Indian journal of veterinary science and animal husbandry - Volumes 15-17, 1948-1951
Year: 1948
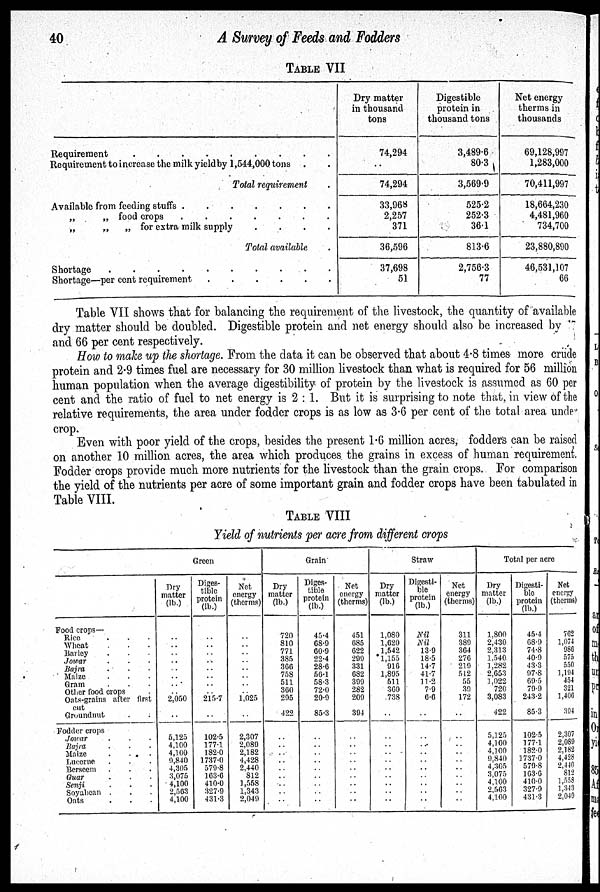
40
A Survey of Feeds and Fodders
TABLE VII
Requirement . . . . . . . . .
Requirement to increase the milk yieldby 1,544,000 tons . .
Total requirement .
Available from feeding stuffs .
.
.
.
.
.
.
„
„ food crops
.
.
.
.
.
.
.
„
„
„ for extra milk supply
.
.
.
. .
Total available .
Shortage . . . . . . . . .
Shortage—per cent requirement . . . . . . . . .
Dry matter
in thousand
tons
74,294
74,294
33,968
2,257
371
36,596
37,698
51
Digestible
protein in
thousand tons
3,489.6
80.3
3,569.9
525.2
252.3
36.1
813.6
2,756.3
77
Net energy
therms in
thousands
69,128,997
1,283,000
70,411,997
18,664,230
4,481,960
734,700
23,880,890
46,531,107
66
Table VII shows that for balancing the requirement of the livestock, the quantity of available
dry matter should be doubled. Digestible protein and net energy should also be increased by
and 66 per cent respectively.
How to make up the shortage. From the data it can be observed that about 4.8 times more crude
protein and 2.9 times fuel are necessary for 30 million livestock than what is required for 56 million
human population when the average digestibility of protein by the livestock is assumed as 60 per
cent and the ratio of fuel to net energy is 2:1. But it is surprising to note that, in view of the
relative requirements, the area under fodder crops is as low as 3.6 per cent of the total area under
crop.
Even with poor yield of the crops, besides the present 1.6 million acres, fodders can be raised
on another 10 million acres, the area which produces the grains in excess of human requirement.
Fodder crops provide much more nutrients for the livestock than the grain crops. For comparison
the yield of the nutrients per acre of some important grain and fodder crops have been tabulated in
Table VIII.
TABLE VIII
Yield of nutrients per acre from different crops
Food crops—
Rice
.
.
.
Wheat . . .
Barley . . .
Jowar . . .
Bajra . . .
Maize . . .
Gram . . .
Other food crops .
Oats-grains after first
cut
Groundnut . .
Fodder crops
Jowar . . .
Bajra . . .
Maize . . .
Lucerne . . .
Berseem . . .
Guar . . .
Senji . . .
Soyabean . . .
Oats . . .
Green
Dry
matter
(lb.)
..
..
..
..
..
..
..
..
.. 2,050
..
5,125
4,100
4,100
9,840
4,305
3,075
4,100
2,563
4,100
Diges-
tible
protein
(lb.)
..
..
..
..
..
..
..
..
.. 215.7
..
102.5
177.1
182.0
1737.0
579.8
163.6
410.0
327.9
431.3
Net
energy
(therms)
..
..
..
..
..
..
..
..
.. 1,025
..
2,307
2,089
2,182
4,428
2,440
812
1,558
1,343
2,049
Grain
Dry
matter
(lb.)
720
810
771
385
366
758
511
360
295
422
..
..
..
..
..
..
..
..
..
Diges-
tible
protein
(lb.)
45.4
68.9
60.9
22.4
28.6
50.1
58.3
72.0
20.9
85.3
..
..
..
..
..
..
..
..
..
Net
energy
(therms)
451
685
622
299
331
682
399
282
209
394
..
..
..
..
..
..
..
..
..
Straw
Dry
matter
(lb.)
1,080
1,620
1,542
1,155
916
1,895
511
360
738
..
..
..
..
..
..
..
..
..
..
Digesti-
ble
protein
(lb.)
Nil
Nil
13.9
18.5
14.7
41.7
11.2
7.9
6.6
..
..
..
..
..
..
..
..
..
..
Net
energy
(therms)
311
389
364
276
219
512
55
39
172
..
..
..
..
..
..
..
..
..
..
Total per acre
Dry
matter
(lb.)
1,800
2,430
2,313
1,540
1,282
2,053
1,022
720
3,083
422
5,125
4,100
4,100
9,840
4,305
3,075
4,100
2,563
4,100
Digesti-
ble
protein
(lb.)
45.4
68.9
74.8
40.9
43.3
97.8
69.5
79.9
243.2
85.3
102.5
177.1
182.0
1737.0
579.8
163.6
410.0
327.9
431.3
Net
energy
(therms)
762
1,074
986
575
550
1,194
454
321
1,406
394
2,307
2,089
2,182
4,428
2,440
812
1,558
1,343
2,049